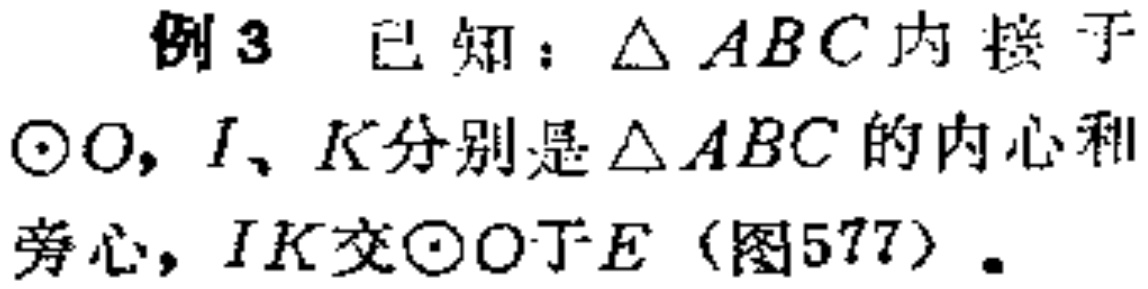
例3 已知：$\triangle ABC$内接于$\odot O$，$I$、$K$分别是$\triangle ABC$的内心和旁心，$IK$交$\odot O$于$E$（图577）.